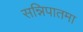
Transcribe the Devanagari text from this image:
सन्निपातमा